Annual report on the lock hospitals of the Madras Presidency
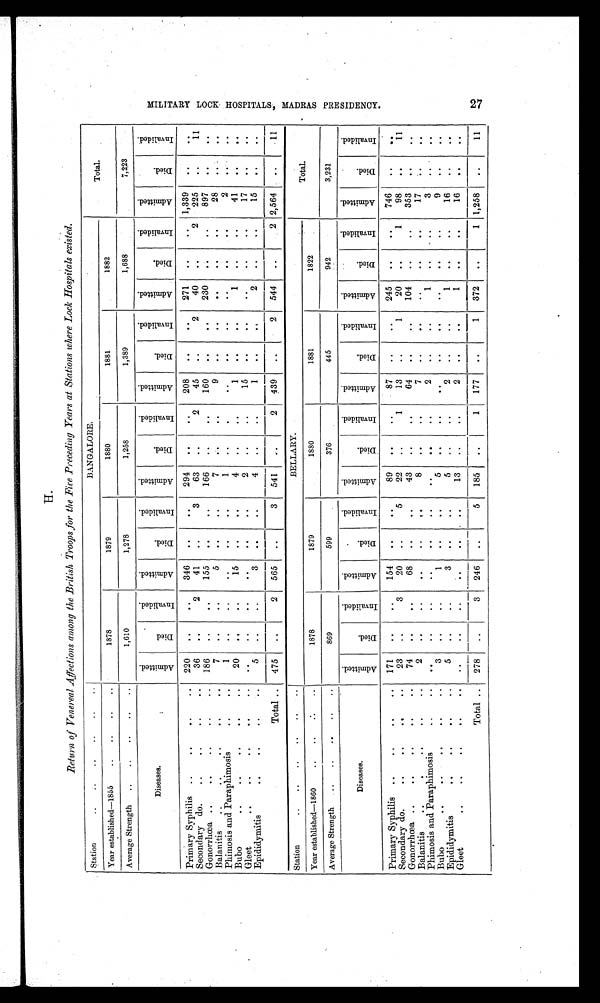
H.
Return of Venereal Affections among the British Troops for the Fire Preceding Years at Stations where Lock Hospitals existed.
Station
.. .. .. .. .. ..
BANGALORE.
Total.
Year established—1855
.. .. .. ..
1878
1879
1880
1881
1882
Average Strength
..
.. .. .. ..
1,610
1,278
1,258
1,389
1,688
7,223
Diseases.
A d m i t t e d .
D i e d .
I n v a l i d e d .
A d m i t t e d .
D i e d .
I n v a l i d e d .
A d m i t t e d .
D i e d .
I n v a l i d e d .
A d m i t t e d .
D i e d .
I n v a l i d e d .
A d m i t t e d .
D i e d .
I n v a l i d e d .
A d m i t t e d .
D i e d .
I n v a l i d e d .
Primary Syphilis ..
..
.. ..
220
..
. .
346
. .
. .
294
. .
. .
208
. .
. .
271
. .
..
1,339
. .
. .
Secondary do.
..
..
..
..
36
. .
2
41
. .
3
63
. .
2
45
. .
2
40
. .
2
225
. .
11
Gonorrhœa ..
.. ..
..
..
186 86
. .
..
155
. .
. .
166
. .
..
160
. .
..
230
. .
. .
897
. .
. .
Balanitis
..
.. .. .. ..
7
. .
. .
5
..
. .
7
..
. .
9
. .
..
. .
. .
. .
28
. .
. .
Phimosis and Paraphimosis
..
..
1
. .
. .
. .
. .
. .
1
. .
. .
. .
. .
. .
. .
..
. .
2
. .
. .
Bubo
..
.. .. .. ..
20
. .
. .
15
..
..
4
. .
..
1
. .
..
1
..
. .
41
. .
. .
Gleet
..
..
.. .. ..
. .
. .
. .
. .
..
..
2
..
..
15
. .
. .
. .
..
. .
17
. .
. .
Epididymitis
..
..
.. ..
5
. .
. .
3
. .
..
4
. .
. .
1
. .
. .
2
..
. .
15
. .
. .
Total ..
475
. .
2
565
..
3
541
. .
2
4 3 9
. .
2
544
. .
2 2,564
. .
11
Station
.. .. .. .. .. ..
BELLARY.
Total.
Year established—1860
. .
. .
. .
. .
1878
1879
1880
1881
1822
Average Strength
..
..
..
.. . .
869
599
376
445
942
3,231
Diseases.
A d m i t t e d .
D i e d .
I n v a l i d e d .
A d m i t t e d .
D i e d .
I n v a l i d e d .
A d m i t t e d .
D i e d .
I n v a l i d e d .
A d m i t t e d .
D i e d .
I n v a l i d e d .
A d m i t t e d .
D i e d .
I n v a l i d e d .
A d m i t t e d .
Died.
I n v a l i d e d .
Primary Syphilis ..
..
..
. .
171
. .
. .
154
. .
. .
89
. .
. .
87
..
..
245
. .
..
746
. .
. .
Secondary do.
..
..
..
..
23
. .
3
20
..
5
22
. .
1
13
..
1
20
. .
1
98
. .
11
Gonorrhœa ..
..
..
. .
. .
74
. .
. .
68
..
..
43
. . ..
64
. .
..
104
. .
. .
353
. .
. .
Balanitis
..
. .
. .
. .
..
2
. .
. .
. .
..
. .
8
. .
. .
7
. .
. .
. .
. .
. .
17
. .
. .
Phimosis and Paraphimosis
. .
. .
. .
. .
. .
. .
. .
. .
. .
. .
..
2
..
..
1
. .
. .
3
. .
. .
Bubo
. .
. .
. .
. .
. .
3
. .
. .
1
..
. .
5
. .
. .
. .
. .
. .
. .
. .
. .
9
. .
. .
Epididymitis
..
..
.. ..
5
. .
. .
3
. .
. .
5
. .
..
2
..
..
1
. .
. .
16
. .
. .
Gleet
..
..
..
..
. .
. .
. .
. .
. .
. .
. .
13
. .
. .
2
. .
..
1
..
. .
16
. .
. .
Total .. 278
. .
3
246
. .
5
185
..
1
177
. .
1
372
..
1 1,258
. .
11
M I L I T A R Y L O C K H O S P I T A L S , M A D R A S P R E S I D E N C Y . 2 7